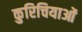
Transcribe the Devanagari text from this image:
कुरिचियाओं